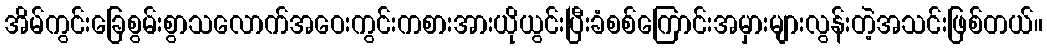
အိမ်ကွင်းခြေစွမ်းစွာသလောက်အဝေးကွင်းကစားအားယိုယွင်းပြီးခံစစ်ကြောင်းအမှားများလွန်းတဲ့အသင်းဖြစ်တယ်။